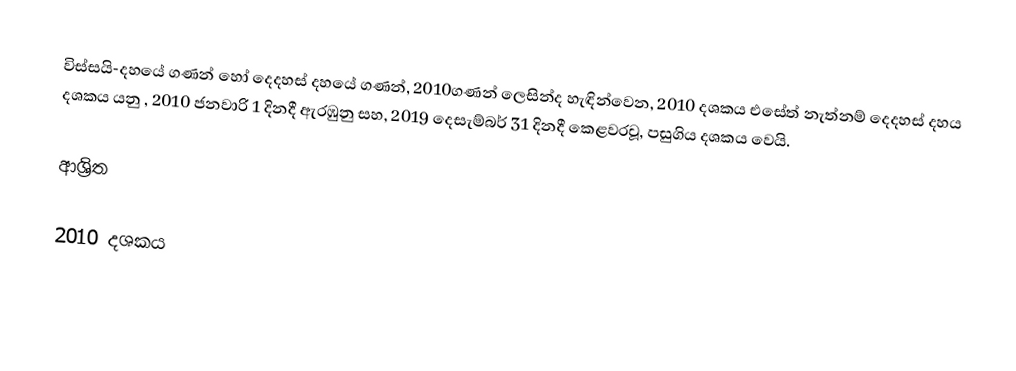
විස්සයි-දහයේ ගණන් හෝ දෙදහස් දහයේ ගණන්, 2010ගණන් ලෙසින්ද හැඳින්වෙන, 2010 දශකය එසේත් නැත්නම් දෙදහස් දහය දශකය යනු , 2010 ජනවාරි 1 දිනදී ඇරඹුනු සහ, 2019 දෙසැම්බර් 31 දිනදී කෙළවරවූ, පසුගිය දශකය වෙයි.

ආශ්‍රිත

2010 දශකය